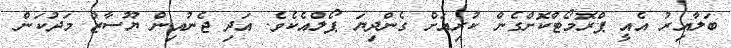
ބަލާއިރު އެއީ ޕްރޮމޯޓްކޮށްގެން ކުރިއަށް ގެންދިޔަ ޕޯލްއެކެވެ. އަދި ޖެނުއިން ޔޫސާޒް މަދުކަން